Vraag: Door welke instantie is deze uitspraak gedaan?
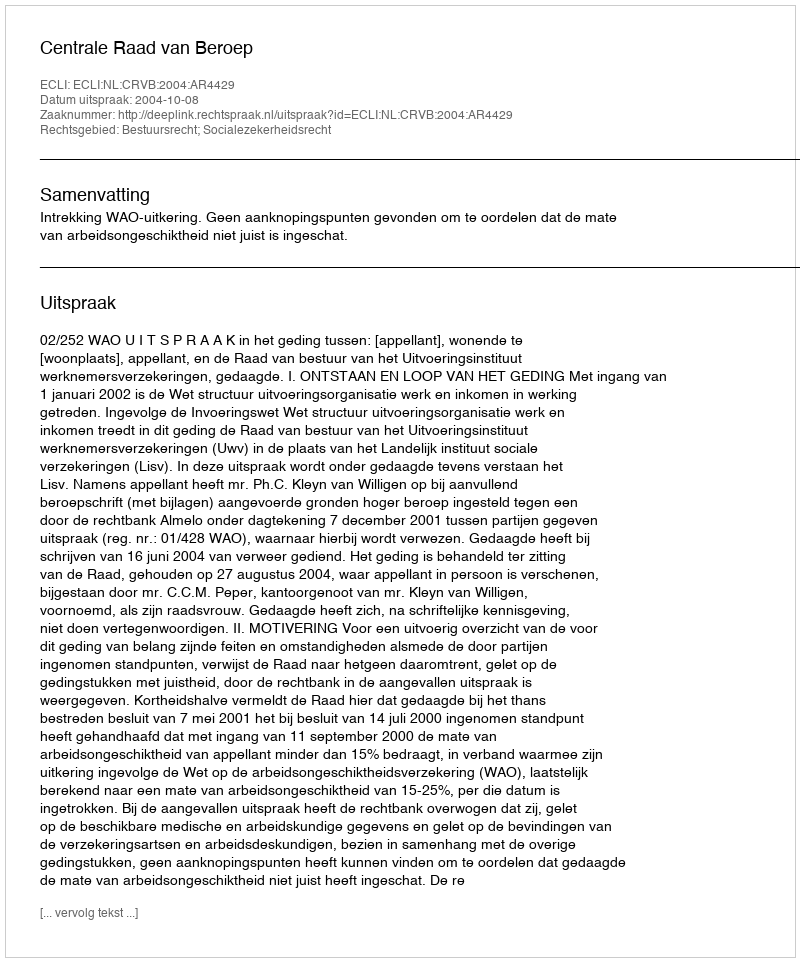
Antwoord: Centrale Raad van Beroep